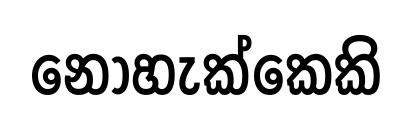
නොහැක්කෙකි